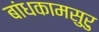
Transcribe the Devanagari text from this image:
बांधकामसुरु